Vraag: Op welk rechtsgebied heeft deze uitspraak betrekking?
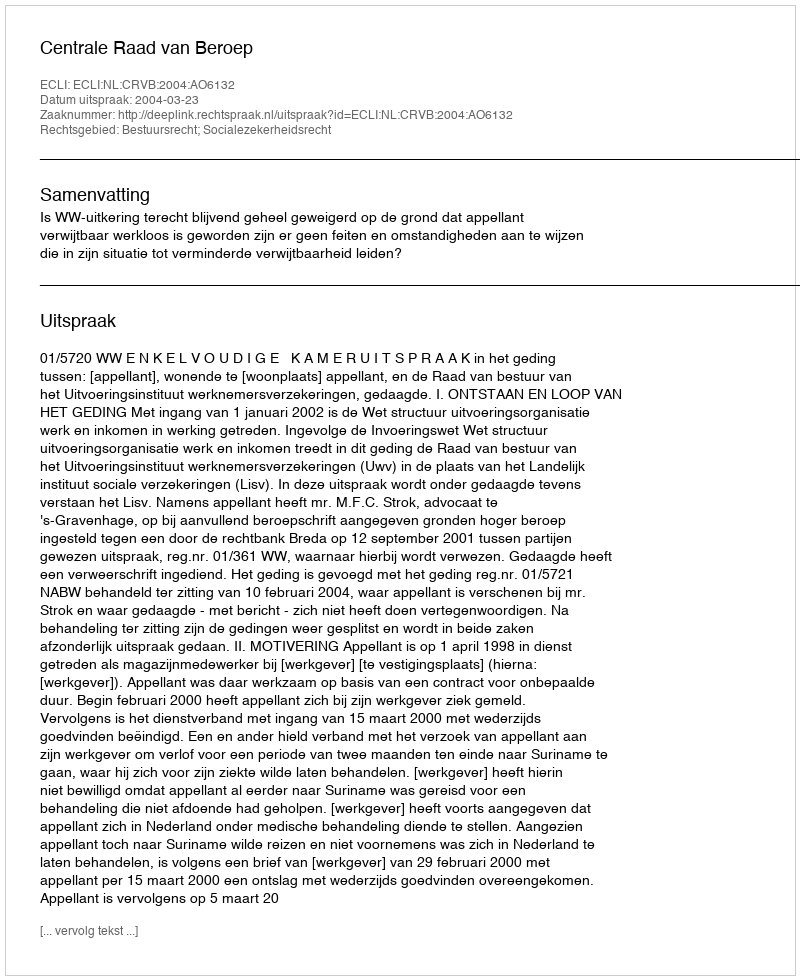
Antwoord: Bestuursrecht; Socialezekerheidsrecht